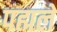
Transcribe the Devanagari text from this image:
पह्मले